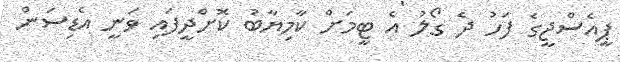
ޕީއެސްޖީގެ ފަހު ދެ ގޯލު އެ ޓީމަށް ކާމިޔާބު ކޮށްދީފައި ވަނީ އެޑިސަން